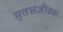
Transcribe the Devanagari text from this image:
मृतसंजीवक